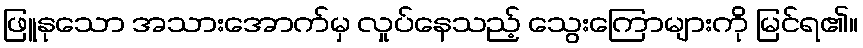
ဖြူနုသော အသားအောက်မှ လှုပ်နေသည့် သွေးကြောများကို မြင်ရ၏။